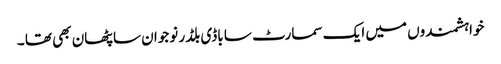
خواہشمندوں میں ایک سمارٹ سا باڈی بلڈر نوجوان سا پٹھان بھی تھا ۔